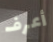
أعرف